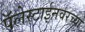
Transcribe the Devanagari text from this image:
पॅलेस्टाईनवरच्या